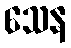
သေန